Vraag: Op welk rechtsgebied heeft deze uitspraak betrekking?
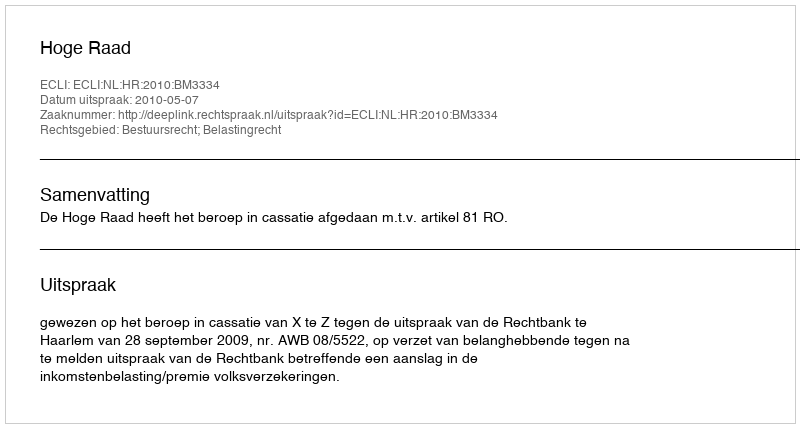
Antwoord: Bestuursrecht; Belastingrecht